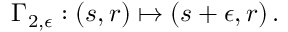
\Gamma _ { 2 , \epsilon } : \left( s , r \right) \mapsto \left( s + \epsilon , r \right) .